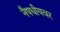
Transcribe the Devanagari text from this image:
नैषधीयवर